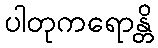
ပါတုကရောန္တိ